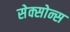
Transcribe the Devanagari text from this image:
सेक्सोन्स